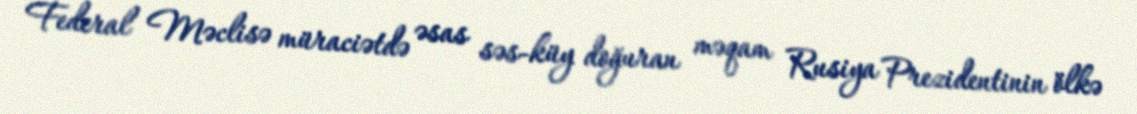
Federal Məclisə müraciətdə əsas səs-küy doğuran məqam Rusiya Prezidentinin ölkə